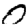
Digit: 0